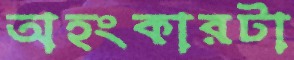
অহংকারটা